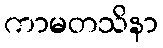
ကာမတသိနာ